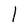
Character: l